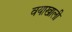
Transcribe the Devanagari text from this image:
वयाखाली